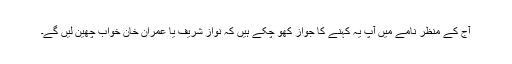
آج کے منظر نامے میں آپ یہ کہنے کا جواز کھو چکے ہیں کہ نواز شریف یا عمران خان خواب چھین لیں گے۔